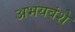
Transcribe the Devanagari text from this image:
अभयवंशे